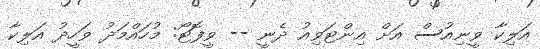
އަލިކާ ވީނިއުސް އަށް އިންޓަވިއު ދެނީ -- ވީފޮޓޯ: މުހައްމަދު ވަހީދު އަލިކާ